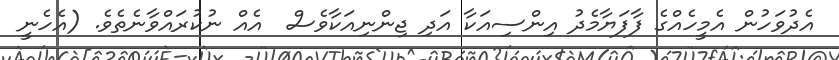
އެދުވަހުން އެމީހެއްގެ ފާފަޔާމެދު އިންސިއަކާ އަދި ޖިންނިއަކާވެސް  އެއް ނުކުރައްވާނެތެވެ. (އެހެނީ